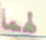
لهما